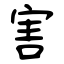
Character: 害